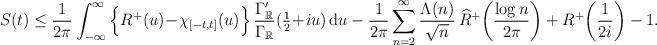
LaTeX: \begin{align*} S(t) \le \frac{1}{2\pi} \int_{-\infty}^{\infty} \Big\{ R^+(u) \!-\! \chi_{[-t,t]}(u) \Big\} \, \frac{\Gamma_{\mathbb{R}}'}{\Gamma_{\mathbb{R}}}(\tfrac{1}{2}\!+\!iu) \, \mathrm{d}u - \frac{1}{2\pi} \sum_{n=2}^\infty \frac{\Lambda(n)}{\sqrt{n}} \, \widehat{R}^+\!\left( \frac{\log n}{2\pi} \right) + R^+\!\left(\frac{1}{2i}\right) -1.\end{align*}